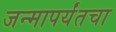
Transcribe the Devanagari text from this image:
जन्मापर्यंतचा